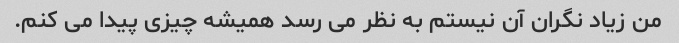
من زیاد نگران آن نیستم به نظر می رسد همیشه چیزی پیدا می کنم.